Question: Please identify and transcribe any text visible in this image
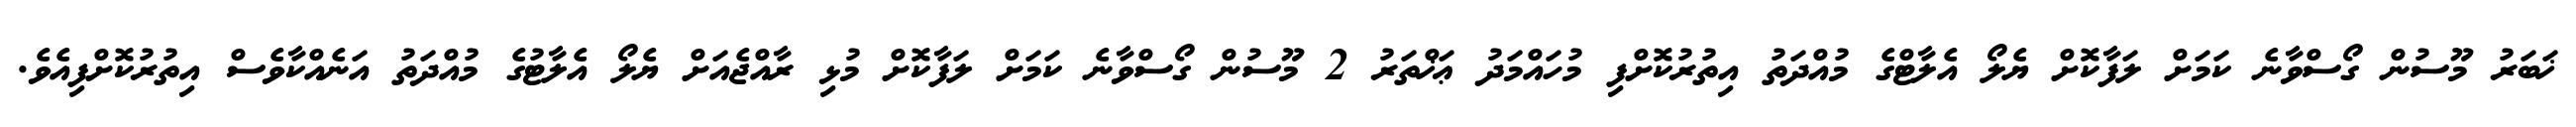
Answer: ޚަބަރު މޫސުން ގޯސްވާނެ ކަމަށް ލަފާކޮށް ޔެލޯ އެލާޓްގެ މުއްދަތު އިތުރުކޮށްފި މުހައްމަދު ޢަޚްތަރު 2 މޫސުން ގޯސްވާނެ ކަމަށް ލަފާކޮށް މުޅި ރާއްޖެއަށް ޔެލޯ އެލާޓުގެ މުއްދަތު އަނެއްކާވެސް އިތުރުކޮށްފިއެވެ.